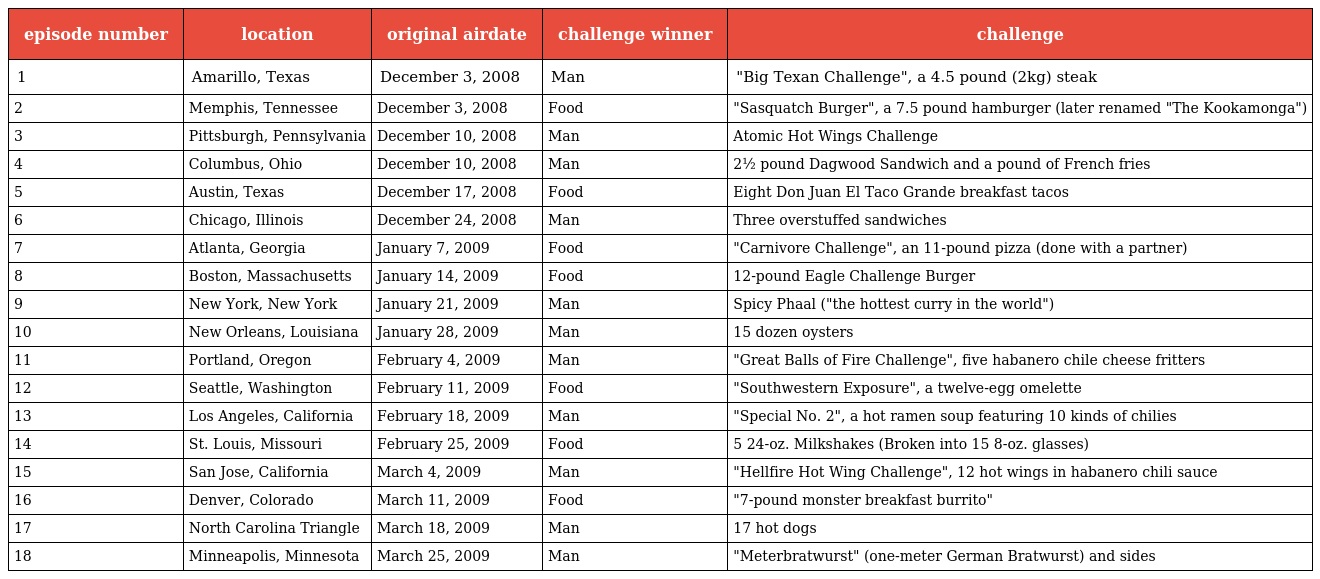
| episode number | location | original airdate | challenge winner | challenge |
 | --- | --- | --- | --- | --- |
 | 1 | Amarillo, Texas | December 3, 2008 | Man | "Big Texan Challenge", a 4.5 pound (2kg) steak |
 | 2 | Memphis, Tennessee | December 3, 2008 | Food | "Sasquatch Burger", a 7.5 pound hamburger (later renamed "The Kookamonga") |
 | 3 | Pittsburgh, Pennsylvania | December 10, 2008 | Man | Atomic Hot Wings Challenge |
 | 4 | Columbus, Ohio | December 10, 2008 | Man | 2½ pound Dagwood Sandwich and a pound of French fries |
 | 5 | Austin, Texas | December 17, 2008 | Food | Eight Don Juan El Taco Grande breakfast tacos |
 | 6 | Chicago, Illinois | December 24, 2008 | Man | Three overstuffed sandwiches |
 | 7 | Atlanta, Georgia | January 7, 2009 | Food | "Carnivore Challenge", an 11-pound pizza (done with a partner) |
 | 8 | Boston, Massachusetts | January 14, 2009 | Food | 12-pound Eagle Challenge Burger |
 | 9 | New York, New York | January 21, 2009 | Man | Spicy Phaal ("the hottest curry in the world") |
 | 10 | New Orleans, Louisiana | January 28, 2009 | Man | 15 dozen oysters |
 | 11 | Portland, Oregon | February 4, 2009 | Man | "Great Balls of Fire Challenge", five habanero chile cheese fritters |
 | 12 | Seattle, Washington | February 11, 2009 | Food | "Southwestern Exposure", a twelve-egg omelette |
 | 13 | Los Angeles, California | February 18, 2009 | Man | "Special No. 2", a hot ramen soup featuring 10 kinds of chilies |
 | 14 | St. Louis, Missouri | February 25, 2009 | Food | 5 24-oz. Milkshakes (Broken into 15 8-oz. glasses) |
 | 15 | San Jose, California | March 4, 2009 | Man | "Hellfire Hot Wing Challenge", 12 hot wings in habanero chili sauce |
 | 16 | Denver, Colorado | March 11, 2009 | Food | "7-pound monster breakfast burrito" |
 | 17 | North Carolina Triangle | March 18, 2009 | Man | 17 hot dogs |
 | 18 | Minneapolis, Minnesota | March 25, 2009 | Man | "Meterbratwurst" (one-meter German Bratwurst) and sides |